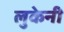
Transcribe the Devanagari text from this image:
लुकेनी